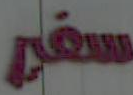
سفر